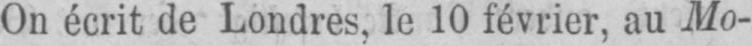
On écrit de Londres, le 10 février, au Mo-